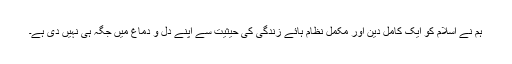
ہم نے اسلام کو ایک کامل دین اور مکمل نظام ہائے زندگی کی حیثیت سے اپنے دل و دماغ میں جگہ ہی نہیں دی ہے۔